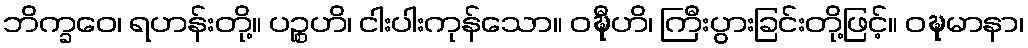
ဘိက္ခဝေ၊ ရဟန်းတို့။ ပဉ္စဟိ၊ ငါးပါးကုန်သော။ ဝဍ္ဎီဟိ၊ ကြီးပွားခြင်းတို့ဖြင့်။ ဝဍ္ဎမာနာ၊